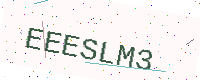
Text: EEESLM3